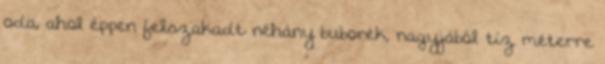
oda, ahol éppen felszakadt néhány buborék, nagyjából tíz méterre